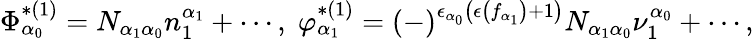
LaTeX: \Phi_{\alpha_{0}}^{*(1)}=N_{\alpha_{1}\alpha_{0}}n_{1}^{\alpha_{1}}+\cdots,\; \varphi_{\alpha_{1}}^{*(1)}=\left(-\right)^{\epsilon_{\alpha_{0}}\left(\epsilon\left(f_{\alpha_{1}}\right)+1\right)}N_{\alpha_{1}\alpha_{0}}\nu_{1}^{\alpha_{0}}+\cdots,